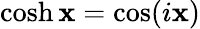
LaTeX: \cosh\mathbf{x}=\cos(i\mathbf{x})